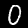
Digit: 0